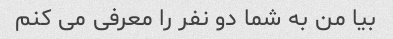
بیا من به شما دو نفر را معرفی می کنم